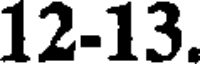
12-13.